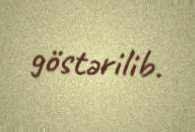
göstərilib.